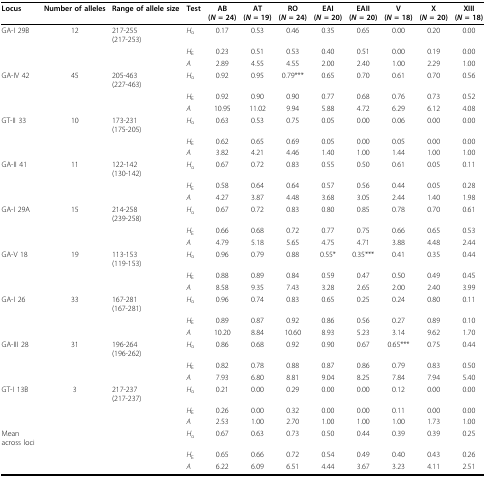
<table><thead><tr><td><b>Locus</b></td><td><b>Number of alleles </b></td><td><b>Range of allele size </b></td><td><b>Test</b></td><td><b>AB(<i>N </i>= 24)</b></td><td><b>AT(<i>N </i>= 19)</b></td><td><b>RO(<i>N </i>= 24)</b></td><td><b>EAI(<i>N </i>= 20)</b></td><td><b>EAII(<i>N </i>= 20)</b></td><td><b>V(<i>N </i>= 18)</b></td><td><b>X(<i>N </i>= 20)</b></td><td><b>XIII(<i>N </i>= 18)</b></td></tr></thead><tbody><tr><td>GA-I 29B</td><td>12</td><td>217-255(217-253)</td><td><i>H</i><sub>o</sub></td><td>0.17</td><td>0.53</td><td>0.46</td><td>0.35</td><td>0.65</td><td>0.00</td><td>0.20</td><td>0.00</td></tr><tr><td></td><td></td><td></td><td><i>H</i><sub>E</sub></td><td>0.23</td><td>0.51</td><td>0.53</td><td>0.40</td><td>0.51</td><td>0.00</td><td>0.19</td><td>0.00</td></tr><tr><td></td><td></td><td></td><td><i>A</i></td><td>2.89</td><td>4.55</td><td>4.55</td><td>2.00</td><td>2.40</td><td>1.00</td><td>2.29</td><td>1.00</td></tr><tr><td>GA-IV 42</td><td>45</td><td>205-463(227-463)</td><td><i>H</i><sub>o</sub></td><td>0.92</td><td>0.95</td><td>0.79***</td><td>0.65</td><td>0.70</td><td>0.61</td><td>0.70</td><td>0.56</td></tr><tr><td></td><td></td><td></td><td><i>H</i><sub>E</sub></td><td>0.92</td><td>0.90</td><td>0.90</td><td>0.77</td><td>0.68</td><td>0.76</td><td>0.73</td><td>0.52</td></tr><tr><td></td><td></td><td></td><td><i>A</i></td><td>10.95</td><td>11.02</td><td>9.94</td><td>5.88</td><td>4.72</td><td>6.29</td><td>6.12</td><td>4.08</td></tr><tr><td>GT-II 33</td><td>10</td><td>173-231(175-205)</td><td><i>H</i><sub>o</sub></td><td>0.63</td><td>0.53</td><td>0.75</td><td>0.05</td><td>0.00</td><td>0.06</td><td>0.00</td><td>0.00</td></tr><tr><td></td><td></td><td></td><td><i>H</i><sub>E</sub></td><td>0.62</td><td>0.65</td><td>0.69</td><td>0.05</td><td>0.00</td><td>0.05</td><td>0.00</td><td>0.00</td></tr><tr><td></td><td></td><td></td><td><i>A</i></td><td>3.82</td><td>4.21</td><td>4.46</td><td>1.40</td><td>1.00</td><td>1.44</td><td>1.00</td><td>1.00</td></tr><tr><td>GA-II 41</td><td>11</td><td>122-142(130-142)</td><td><i>H</i><sub>o</sub></td><td>0.67</td><td>0.72</td><td>0.83</td><td>0.55</td><td>0.50</td><td>0.61</td><td>0.05</td><td>0.11</td></tr><tr><td></td><td></td><td></td><td><i>H</i><sub>E</sub></td><td>0.58</td><td>0.64</td><td>0.64</td><td>0.57</td><td>0.56</td><td>0.44</td><td>0.05</td><td>0.28</td></tr><tr><td></td><td></td><td></td><td><i>A</i></td><td>4.27</td><td>3.87</td><td>4.48</td><td>3.68</td><td>3.05</td><td>2.44</td><td>1.40</td><td>1.98</td></tr><tr><td>GA-I 29A</td><td>15</td><td>214-258(239-258)</td><td><i>H</i><sub>o</sub></td><td>0.67</td><td>0.72</td><td>0.83</td><td>0.80</td><td>0.85</td><td>0.78</td><td>0.70</td><td>0.61</td></tr><tr><td></td><td></td><td></td><td><i>H</i><sub>E</sub></td><td>0.66</td><td>0.68</td><td>0.72</td><td>0.77</td><td>0.75</td><td>0.66</td><td>0.65</td><td>0.53</td></tr><tr><td></td><td></td><td></td><td><i>A</i></td><td>4.79</td><td>5.18</td><td>5.65</td><td>4.75</td><td>4.71</td><td>3.88</td><td>4.48</td><td>2.44</td></tr><tr><td>GA-V 18</td><td>19</td><td>113-153(119-153)</td><td><i>H</i><sub>o</sub></td><td>0.96</td><td>0.79</td><td>0.88</td><td>0.55*</td><td>0.35***</td><td>0.41</td><td>0.35</td><td>0.44</td></tr><tr><td></td><td></td><td></td><td><i>H</i><sub>E</sub></td><td>0.88</td><td>0.89</td><td>0.84</td><td>0.59</td><td>0.47</td><td>0.50</td><td>0.49</td><td>0.45</td></tr><tr><td></td><td></td><td></td><td><i>A</i></td><td>8.58</td><td>9.35</td><td>7.43</td><td>3.28</td><td>2.65</td><td>2.00</td><td>2.40</td><td>3.99</td></tr><tr><td>GA-I 26</td><td>33</td><td>167-281(167-281)</td><td><i>H</i><sub>o</sub></td><td>0.96</td><td>0.74</td><td>0.83</td><td>0.65</td><td>0.25</td><td>0.24</td><td>0.80</td><td>0.11</td></tr><tr><td></td><td></td><td></td><td><i>H</i><sub>E</sub></td><td>0.89</td><td>0.87</td><td>0.92</td><td>0.86</td><td>0.56</td><td>0.27</td><td>0.89</td><td>0.10</td></tr><tr><td></td><td></td><td></td><td><i>A</i></td><td>10.20</td><td>8.84</td><td>10.60</td><td>8.93</td><td>5.23</td><td>3.14</td><td>9.62</td><td>1.70</td></tr><tr><td>GA-III 28</td><td>31</td><td>196-264(196-262)</td><td><i>H</i><sub>o</sub></td><td>0.86</td><td>0.68</td><td>0.92</td><td>0.90</td><td>0.67</td><td>0.65***</td><td>0.75</td><td>0.44</td></tr><tr><td></td><td></td><td></td><td><i>H</i><sub>E</sub></td><td>0.82</td><td>0.78</td><td>0.88</td><td>0.87</td><td>0.86</td><td>0.79</td><td>0.83</td><td>0.50</td></tr><tr><td></td><td></td><td></td><td><i>A</i></td><td>7.93</td><td>6.80</td><td>8.81</td><td>9.04</td><td>8.25</td><td>7.84</td><td>7.94</td><td>5.40</td></tr><tr><td>GT-I 13B</td><td>3</td><td>217-237(217-237)</td><td><i>H</i><sub>o</sub></td><td>0.21</td><td>0.00</td><td>0.29</td><td>0.00</td><td>0.00</td><td>0.12</td><td>0.00</td><td>0.00</td></tr><tr><td></td><td></td><td></td><td><i>H</i><sub>E</sub></td><td>0.26</td><td>0.00</td><td>0.32</td><td>0.00</td><td>0.00</td><td>0.11</td><td>0.00</td><td>0.00</td></tr><tr><td></td><td></td><td></td><td><i>A</i></td><td>2.53</td><td>1.00</td><td>2.70</td><td>1.00</td><td>1.00</td><td>1.00</td><td>1.73</td><td>1.00</td></tr><tr><td>Mean across loci</td><td></td><td></td><td><i>H</i><sub>o</sub></td><td>0.67</td><td>0.63</td><td>0.73</td><td>0.50</td><td>0.44</td><td>0.39</td><td>0.39</td><td>0.25</td></tr><tr><td></td><td></td><td></td><td><i>H</i><sub>E</sub></td><td>0.65</td><td>0.66</td><td>0.72</td><td>0.54</td><td>0.49</td><td>0.40</td><td>0.43</td><td>0.26</td></tr><tr><td></td><td></td><td></td><td><i>A</i></td><td>6.22</td><td>6.09</td><td>6.51</td><td>4.44</td><td>3.67</td><td>3.23</td><td>4.11</td><td>2.51</td></tr></tbody></table>